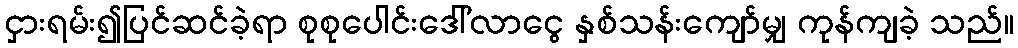
ငှားရမ်း၍ပြင်ဆင်ခဲ့ရာ စုစုပေါင်းဒေါ်လာငွေ နှစ်သန်းကျော်မျှ ကုန်ကျခဲ့ သည်။